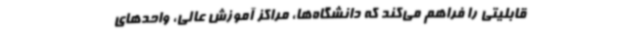
قابلیتی را فراهم می‌کند که دانشگاه‌ها، مراکز آموزش عالی، واحدهای